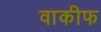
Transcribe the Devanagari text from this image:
वाकीफ